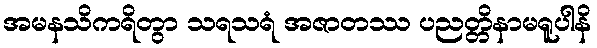
အမနသိကရိတွာ သရသရံ အဇာတဿ ပညတ္တိနာမရူပါနိ